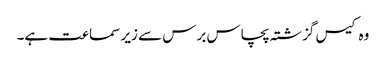
وہ کیس گزشتہ پچاس برس سے زیر سماعت ہے۔